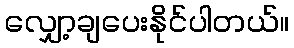
လျှော့ချပေးနိုင်ပါတယ်။